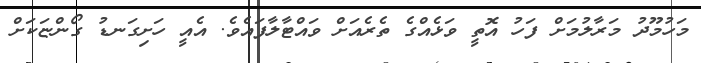
މަހުމޫދު މަރާލުމަށް ފަހު އޮތީ ވަޅެއްގެ ތެރެއަށް ވައްޓާލާފައެވެ. އެއީ ހަށިގަނޑު ގޯންޏަކަށް